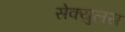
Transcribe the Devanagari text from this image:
सेक्युलस